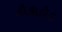
નૌકાદોડ